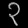
Digit: ၃